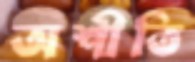
অশীতি